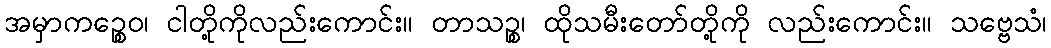
အမှာကဉ္စေဝ၊ ငါတို့ကိုလည်းကောင်း။ တာသဉ္စ၊ ထိုသမီးတော်တို့ကို လည်းကောင်း။ သဗ္ဗေသံ၊